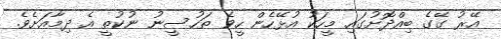
އޭރު ގޭގެ ބިއްދޮށުގައި މީހަކު އުޅޭހެން ހީވެ ތަހުސީނު ނުކުތީ އެ ދިމާއަށެވެ.